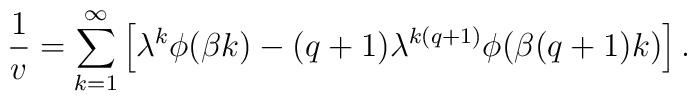
\frac 1v=\sum_{k=1}^{\infty}\left[\lambda ^k\phi(\beta k)-(q+1)\lambda ^{k(q+1)}\phi(\beta (q+1)k)\right].